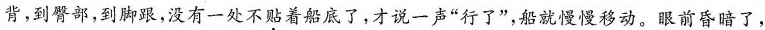
背，到臀部，到脚跟，没有一处不贴着船底了，才说一声”行了”，船就慢慢移动。眼前昏暗了，